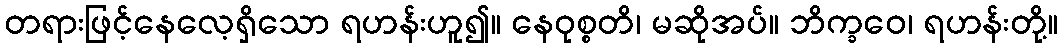
တရားဖြင့်နေလေ့ရှိသော ရဟန်းဟူ၍။ နေဝုစ္စတိ၊ မဆိုအပ်။ ဘိက္ခဝေ၊ ရဟန်းတို့။